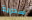
سحرية